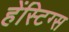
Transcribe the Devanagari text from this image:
हेंस्टिग्स